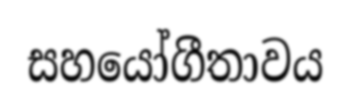
සහයෝගීතාවය